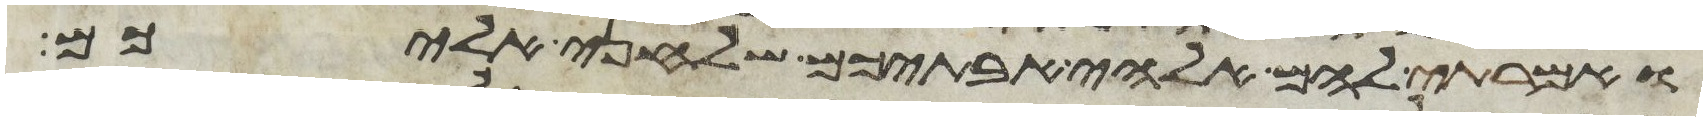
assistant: ואמרתי להם אלהי אבתיכם שלחני אליכם